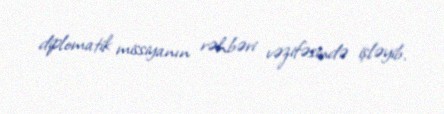
diplomatik missiyanın rəhbəri vəzifəsində işləyib.